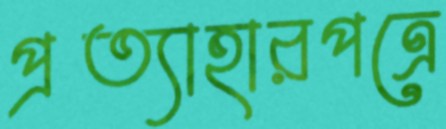
প্রত্যাহারপত্রে